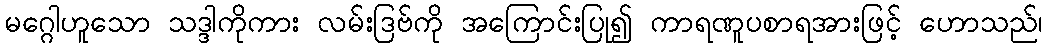
မဂ္ဂေါဟူသော သဒ္ဒါကိုကား လမ်းဒြဗ်ကို အကြောင်းပြု၍ ကာရဏူပစာရအားဖြင့် ဟောသည်၊